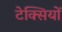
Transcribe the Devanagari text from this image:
टेक्सियों